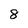
Character: 8